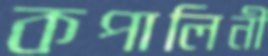
কপালিনী